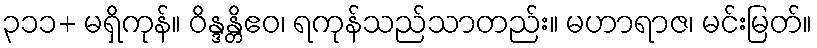
၃၁၁+ မရှိကုန်။ ဝိန္ဒန္တိဧဝ၊ ရကုန်သည်သာတည်း။ မဟာရာဇ၊ မင်းမြတ်။